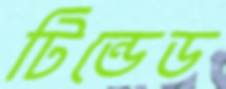
টিন্ডেড